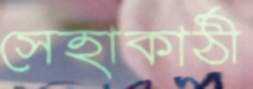
সেহাকাঠী